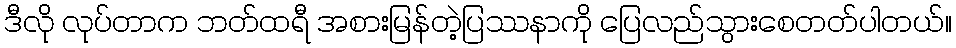
ဒီလို လုပ်တာက ဘတ်ထရီ အစားမြန်တဲ့ပြဿနာကို ပြေလည်သွားစေတတ်ပါတယ်။